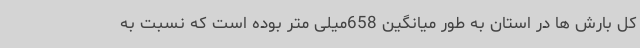
کل بارش ها در استان به طور میانگین 658میلی متر بوده است که نسبت به